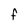
Character: f